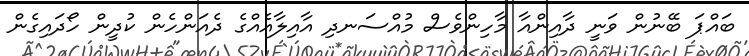
ބައްޕަ ބޭނުން ވަނީ ދާއިންއާ މާހިންވެސް މުއްސަނދި އާއިލާއެއްގެ ދެއަންހެން ކުދީން ހޯދައިގެން